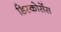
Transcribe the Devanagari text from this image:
डिस्कोर्सेस